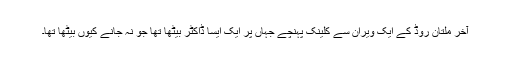
آخر ملتان روڈ کے ایک ویران سے کلینک پہنچے جہاں پر ایک ایسا ڈاکٹر بیٹھا تھا جو نہ جانے کیوں بیٹھا تھا۔